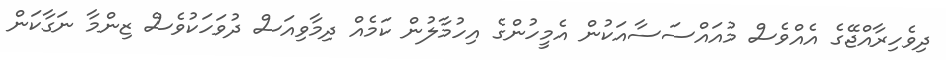
ދިވެހިރާއްޖޭގެ އެއްވެސް މުއައްސަސާއަކުން އެމީހުންގެ އިހުމާލުން ކަމެއް ދިމާވިއަސް ދުވަހަކުވެސް ޒިންމާ ނަގާކަން